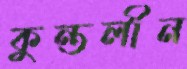
কুন্তলীন